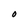
Character: O